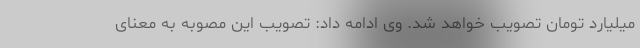
میلیارد تومان تصویب خواهد شد. وی ادامه داد: تصویب این مصوبه به معنای